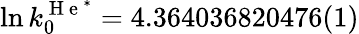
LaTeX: \ln k_{0}^{\mathrm{~H~e~}^{*}}=4.364036820476(1)